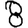
Digit: 8